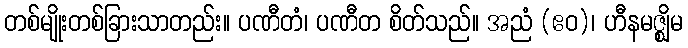
တစ်မျိုးတစ်ခြားသာတည်း။ ပဏီတံ၊ ပဏီတ စိတ်သည်။ အညံ (ဧဝ)၊ ဟီနမဇ္ဈိမ